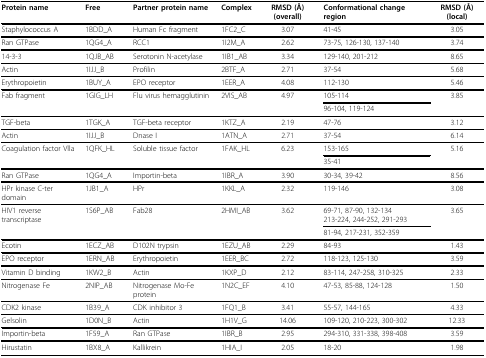
<table><thead><tr><td><b>Protein name</b></td><td><b>Free</b></td><td><b>Partner protein name</b></td><td><b>Complex</b></td><td><b>RMSD (Å) (overall)</b></td><td><b>Conformational change region</b></td><td><b>RMSD (Å) (local)</b></td></tr></thead><tbody><tr><td>Staphylococcus A</td><td>1BDD_A</td><td>Human Fc fragment</td><td>1FC2_C</td><td>3.07</td><td>41-45</td><td>3.05</td></tr><tr><td>Ran GTPase</td><td>1QG4_A</td><td>RCC1</td><td>1I2M_A</td><td>2.62</td><td>73-75, 126-130, 137-140</td><td>3.74</td></tr><tr><td>14-3-3</td><td>1QJB_AB</td><td>Serotonin N-acetylase</td><td>1IB1_AB</td><td>3.34</td><td>129-140, 201-212</td><td>8.65</td></tr><tr><td>Actin</td><td>1IJJ_B</td><td>Profilin</td><td>2BTF_A</td><td>2.71</td><td>37-54</td><td>5.68</td></tr><tr><td>Erythropoietin</td><td>1BUY_A</td><td>EPO receptor</td><td>1EER_A</td><td>4.08</td><td>112-130</td><td>5.46</td></tr><tr><td>Fab fragment</td><td>1GIG_LH</td><td>Flu virus hemagglutinin</td><td>2VIS_AB</td><td>4.97</td><td>105-114</td><td>3.85</td></tr><tr><td></td><td></td><td></td><td></td><td></td><td>96-104, 119-124</td><td></td></tr><tr><td>TGF-beta</td><td>1TGK_A</td><td>TGF-beta receptor</td><td>1KTZ_A</td><td>2.19</td><td>47-76</td><td>3.12</td></tr><tr><td>Actin</td><td>1IJJ_B</td><td>Dnase I</td><td>1ATN_A</td><td>2.71</td><td>37-54</td><td>6.14</td></tr><tr><td>Coagulation factor Vlla</td><td>1QFK_HL</td><td>Soluble tissue factor</td><td>1FAK_HL</td><td>6.23</td><td>153-165</td><td>5.16</td></tr><tr><td></td><td></td><td></td><td></td><td></td><td>35-41</td><td></td></tr><tr><td>Ran GTPase</td><td>1QG4_A</td><td>Importin-beta</td><td>1IBR_A</td><td>3.90</td><td>30-34, 39-42</td><td>8.56</td></tr><tr><td>HPr kinase C-ter domain</td><td>1JB1_A</td><td>HPr</td><td>1KKL_A</td><td>2.32</td><td>119-146</td><td>3.08</td></tr><tr><td>HIV1 reverse transcriptase</td><td>1S6P_AB</td><td>Fab28</td><td>2HMI_AB</td><td>3.62</td><td>69-71, 87-90, 132-134213-224, 244-252, 291-293</td><td>3.65</td></tr><tr><td></td><td></td><td></td><td></td><td></td><td>81-94, 217-231, 352-359</td><td></td></tr><tr><td>Ecotin</td><td>1ECZ_AB</td><td>D102N trypsin</td><td>1EZU_AB</td><td>2.29</td><td>84-93</td><td>1.43</td></tr><tr><td>EPO receptor</td><td>1ERN_AB</td><td>Erythropoietin</td><td>1EER_BC</td><td>2.72</td><td>118-123, 125-130</td><td>3.59</td></tr><tr><td>Vitamin D binding</td><td>1KW2_B</td><td>Actin</td><td>1KXP_D</td><td>2.12</td><td>83-114, 247-258, 310-325</td><td>2.33</td></tr><tr><td>Nitrogenase Fe</td><td>2NIP_AB</td><td>Nitrogenase Mo-Fe protein</td><td>1N2C_EF</td><td>4.10</td><td>47-53, 85-88, 124-128</td><td>1.50</td></tr><tr><td>CDK2 kinase</td><td>1B39_A</td><td>CDK inhibitor 3</td><td>1FQ1_B</td><td>3.41</td><td>55-57, 144-165</td><td>4.33</td></tr><tr><td>Gelsolin</td><td>1D0N_B</td><td>Actin</td><td>1H1V_G</td><td>14.06</td><td>109-120, 210-223, 300-302</td><td>12.33</td></tr><tr><td>Importin-beta</td><td>1F59_A</td><td>Ran GTPase</td><td>1IBR_B</td><td>2.95</td><td>294-310, 331-338, 398-408</td><td>3.59</td></tr><tr><td>Hirustatin</td><td>1BX8_A</td><td>Kallikrein</td><td>1HIA_I</td><td>2.05</td><td>18-20</td><td>1.98</td></tr></tbody></table>